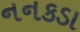
નનકડા